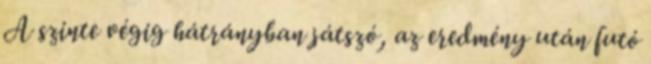
A szinte végig hátrányban játszó, az eredmény után futó